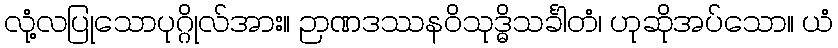
လုံ့လပြုသောပုဂ္ဂိုလ်အား။ ဉာဏဒဿနဝိသုဒ္ဓိသင်္ခါတံ၊ ဟုဆိုအပ်သော။ ယံ